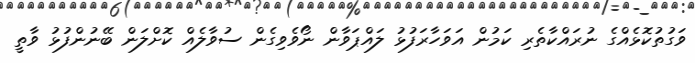
ވަގުތުކޮޅެއްގެ ނުރައްކާތެރި ކަމުން އަވަހާރަފުޅު ލައްޕަވާން ނޯވެވިގެން ސުވާލެއް ކޮށްލަން ބޭނުންފުޅު ވާތީ